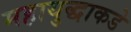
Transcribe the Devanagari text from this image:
महायुद्धाकडे